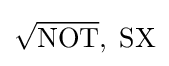
{\textstyle {\sqrt {\mathrm {NOT} }},\;\mathrm {SX} }